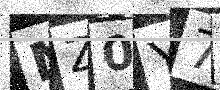
Text: MZ0Y7D